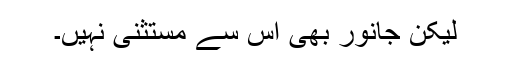
لیکن جانور بھی اس سے مستثنی نہیں۔